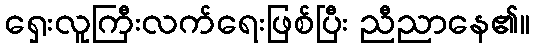
ရှေးလူကြီးလက်ရေးဖြစ်ပြီး ညီညာနေ၏။